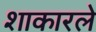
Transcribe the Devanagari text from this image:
शाकारले